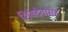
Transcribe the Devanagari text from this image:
शिवदेवासह